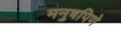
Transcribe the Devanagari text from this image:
मनुषपिणे